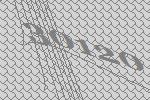
30120